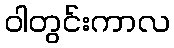
ဝါတွင်းကာလ